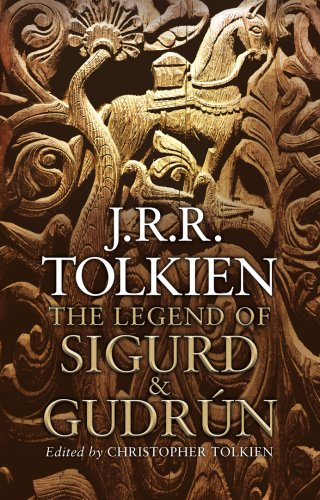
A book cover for The Legend of Sigurd and GudrÃºn; J.R.R. Tolkien; Science Fiction & Fantasy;